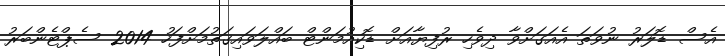
އެސް ޑޮލަރު ނުވަތަ އެއަގަށްވާ ދިވެހި ރުފިޔާއަށް ޑޮކިއުމަންޓް ބައްލަވައިގަތުމަށްފަހު 2014 ސެޕްޓެންބަރު